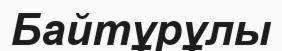
Байтұрұлы